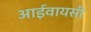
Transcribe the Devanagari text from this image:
आईवायसी